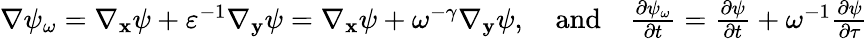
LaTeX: \begin{array}{r}{\nabla\psi_{\omega}=\nabla_{\mathbf x}\psi+\varepsilon^{-1}\nabla_{\mathbf y}\psi=\nabla_{\mathbf x}\psi+\omega^{-\gamma}\nabla_{\mathbf y}\psi,\quad\mathrm{and}\quad\frac{\partial\psi_{\omega}}{\partial t}=\frac{\partial\psi}{\partial t}+\omega^{-1}\frac{\partial\psi}{\partial\tau}}\end{array}